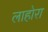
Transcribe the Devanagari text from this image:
लाहोरा